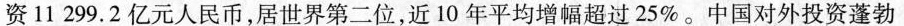
资11299.2亿元人民币，居世界第二位，近10年平均增幅超过25%。中国对外投资蓬勃